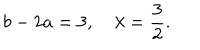
b - 2 a = 3 , \quad \lambda = \frac { 3 } { 2 } .